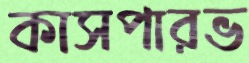
কাসপারভ